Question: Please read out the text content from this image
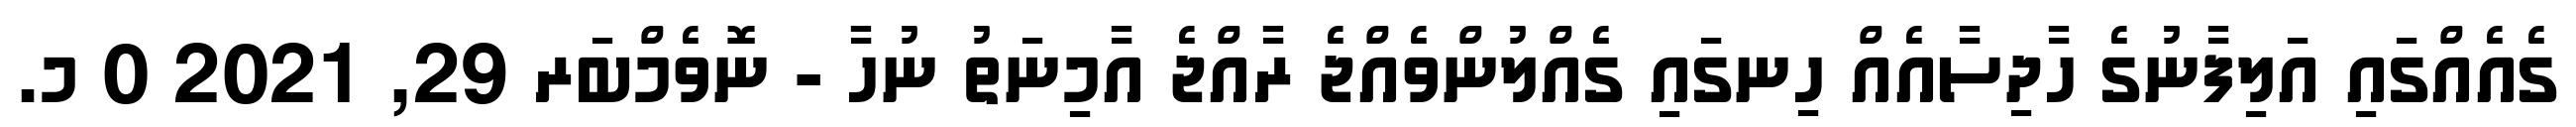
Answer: ގެއެއްގައި އަލިފާނުގެ ހާދިސާއެއް ހިނގައި ގެއްލުންވެއްޖެ ރާއްޖެ އާމިނަތު ނުހާ - ނޮވެމްބަރ 29, 2021 0 މ.